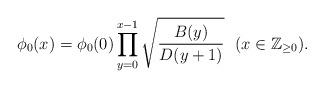
LaTeX: \begin{align*} \phi_0(x)=\phi_0(0)\prod_{y=0}^{x-1}\sqrt{\frac{B(y)}{D(y+1)}} \ \ (x\in\mathbb{Z}_{\geq 0}). \end{align*}